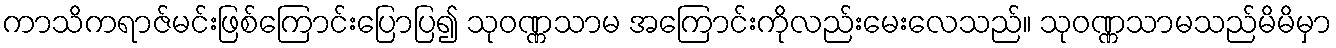
ကာသိကရာဇ်မင်းဖြစ်ကြောင်းပြောပြ၍ သုဝဏ္ဏသာမ အကြောင်းကိုလည်းမေးလေသည်။ သုဝဏ္ဏသာမသည်မိမိမှာ